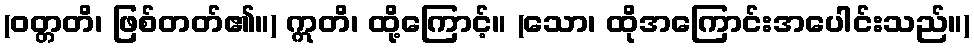
(ဝတ္တတိ၊ ဖြစ်တတ်၏။) ဣတိ၊ ထို့ကြောင့်။ (သော၊ ထိုအကြောင်းအပေါင်းသည်။)